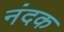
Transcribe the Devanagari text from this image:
नंदक